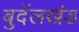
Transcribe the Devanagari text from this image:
बुदेंलखंड